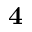
\mathbf { 4 }